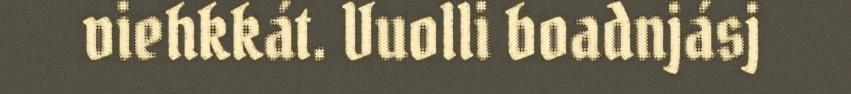
viehkkát. Vuolli boadnjásj